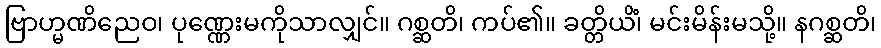
ဗြာဟ္မဏိညေဝ၊ ပုဏ္ဏေးမကိုသာလျှင်။ ဂစ္ဆတိ၊ ကပ်၏။ ခတ္တိယိံ၊ မင်းမိန်းမသို့။ နဂစ္ဆတိ၊